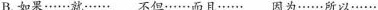
B.如果……就…… 不但……而且…… 因为……所以……